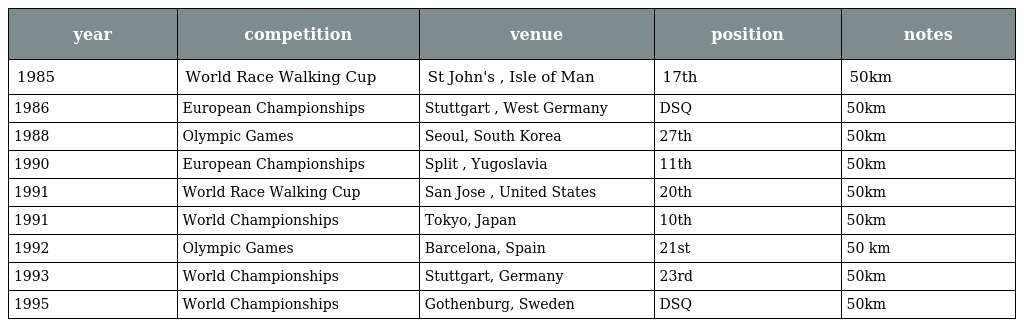
| year | competition | venue | position | notes |
 | --- | --- | --- | --- | --- |
 | 1985 | World Race Walking Cup | St John's , Isle of Man | 17th | 50km |
 | 1986 | European Championships | Stuttgart , West Germany | DSQ | 50km |
 | 1988 | Olympic Games | Seoul, South Korea | 27th | 50km |
 | 1990 | European Championships | Split , Yugoslavia | 11th | 50km |
 | 1991 | World Race Walking Cup | San Jose , United States | 20th | 50km |
 | 1991 | World Championships | Tokyo, Japan | 10th | 50km |
 | 1992 | Olympic Games | Barcelona, Spain | 21st | 50 km |
 | 1993 | World Championships | Stuttgart, Germany | 23rd | 50km |
 | 1995 | World Championships | Gothenburg, Sweden | DSQ | 50km |